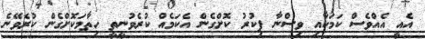
އެއީ އެއްވެސް ކަމަކާއި ވިސްނާ ފިކުރު ކޮށްގެން އެކަމެއް ކުރެވުނީތީ ހިތާމަކޮށްގެން ކުރެވޭނެ